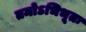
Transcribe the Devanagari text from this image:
तमोऽभिभूतः